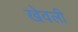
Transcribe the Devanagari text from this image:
खेवली